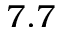
7 . 7